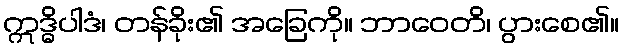
ဣဒ္ဓိပါဒံ၊ တန်ခိုး၏ အခြေကို။ ဘာဝေတိ၊ ပွားစေ၏။